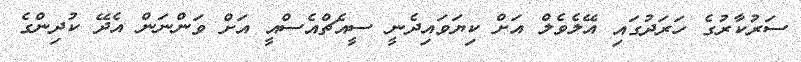
ސަރުކާރުގެ ހަރަދުގައި އޭލެވެލް އަށް ކިޔަވައިދެނީ ސީއެޗްއެސްއީ އަށް ވަންނަން އެދޭ ކުދިންގެ